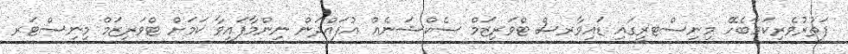
ފަތުރުވެރިކަމާބެހޭ މިނިސްޓރީގައި ޑައިވާރސް ޓްވަރިޒަމް ސެކްޝަނެއް އުފައްދަން ނިންމާފައިވާ ކަމަށް ޓްވަރިޒަމް މިނިސްޓަރ